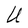
Character: U